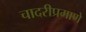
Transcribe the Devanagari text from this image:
चादरीप्रमाणे